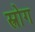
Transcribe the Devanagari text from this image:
स्त्रोग